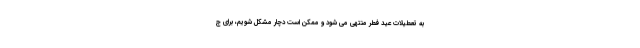
به تعطیلات عید فطر منتهی می شود و ممکن است دچار مشکل شویم، برای ج